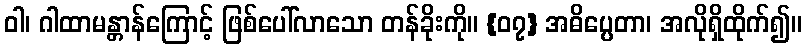
ဝါ၊ ဂါထာမန္တာန်ကြောင့် ဖြစ်ပေါ်လာသော တန်ခိုးကို။ {၀၇} အဓိပ္ပေတာ၊ အလိုရှိထိုက်၍။